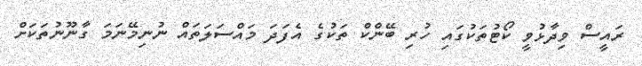
ރައީސް ވިދާޅުވީ ކޯޓުތަކުގައި ހުރި ބޭންކް ތަކުގެ އެފަދަ މައްސަލަތައް ނުނިމޭނަމަ ގާނޫނުތަކަށް